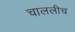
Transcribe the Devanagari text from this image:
चाललीच